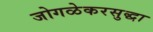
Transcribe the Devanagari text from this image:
जोगळेकरसुद्धा